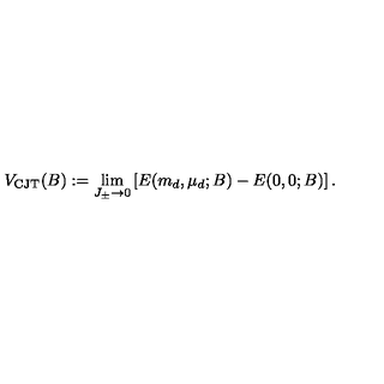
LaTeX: V _ { \mathrm { C J T } } ( B ) : = \lim _ { J _ { \pm } \to 0 } \left[ E ( m _ { d } , \mu _ { d } ; B ) - E ( 0 , 0 ; B ) \right] .